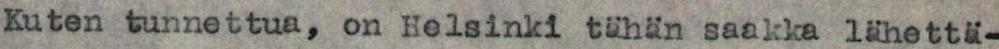
Kuten tunnettua, on Helsinki tähän saakka lähettä-